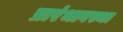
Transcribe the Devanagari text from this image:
प्रारंभावस्था